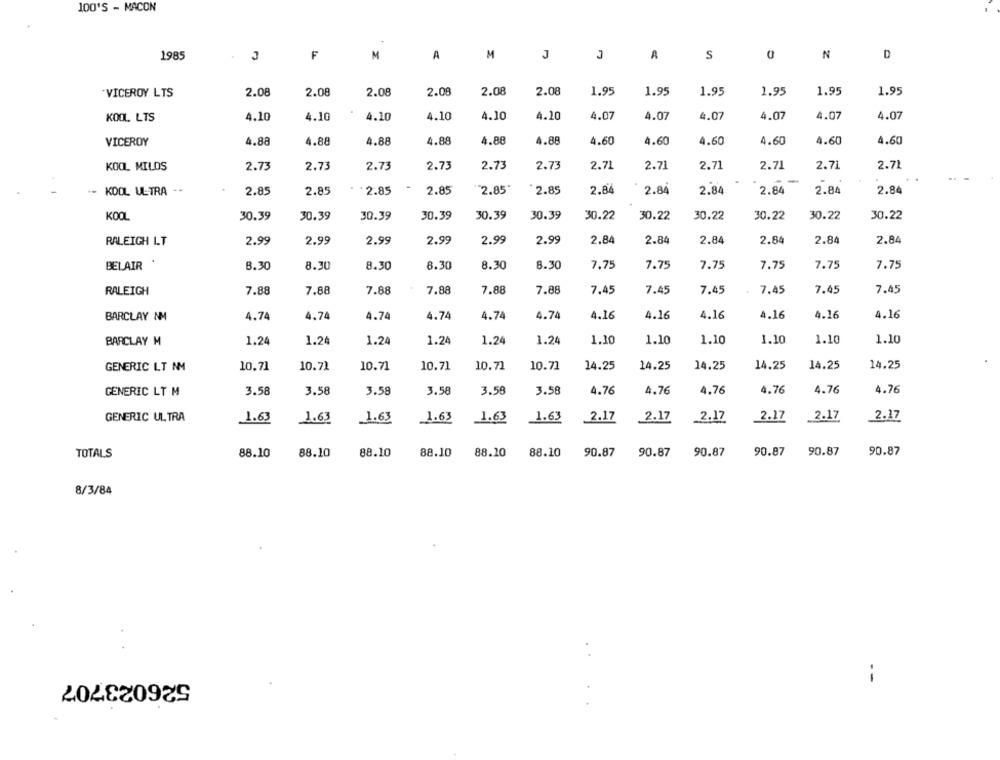
100'S - MACON
F
M
1985
M
A
J
A
S
N
D
2.08
2.08
2.08
2.08
2.08
2.08
1.95
1.95
1.95
1.95
1.95
1.95
"VICEROY LTS
KOOL LTS
4.10
4.10
4.10
4.10
4.10
4.10
4.07
4.07
4.07
4.07
4.07
4.07
VICEROY
4.88
4.88
4.88
4.88
4.88
4.88
4.60
4.60
4.60
4.60
4.60
4.60
KOOL MILDS
2.73
2.73
2.73
2.73
2.73
2.73
2.71
2.71
2.71
2.71
2.71
2.71
KOOL ULTRA
2.85
2.85
2.85
2.85
"2.85
2.85
2.84
2.84
2.84
2.84
2.84
2.84
KOOL
30.39
30.39
30.39
30.39
30.39
30.39
30.22
30.22
30.22
30.22
30.22
30.22
RALEIGH LT
2.99
2.99
2.99
2.99
2.99
2.99
2.84
2.84
2.84
2.84
2.84
2.84
BELAIR
8.30
8.30
8.30
8.30
8.30
8.30
7,75
7.75
7.75
7.75
7.75
7.75
7.88
7.88
7.88
7.45
7.45
7.45
7.45
7.45
7.45
RALEIGH
7.88
7.88
7.88
BARCLAY NM
4.74
4.74
4.74
4.74
4.74
4.74
4.16
4.16
4.16
4.16
4.16
4.16
BARCLAY M
1.24
1.24
1.24
1.24
1.24
1.24
1.10
1.10
1.10
1.10
1.10
1.10
10.71
10.71
10.71
10.71
10.71
14.25
14.25
14.25
14.25
14.25
14.25
GENERIC LT NM
10.71
GENERIC LT M
3.58
3.58
3.58
3.58
3.58
3.58
4.76
4.76
4.76
4.76
4.76
4.76
GENERIC ULTRA
1.63
1.63
2.17
2.17
2.17
2.17
1.63
1.63
1.63
1.63
2.17
2.17
TOTALS
88.10
88.10
88.10
88.10
88.10
88.10
90.87
90.87
90.87
90.87
90.87
90.87
8/3/84
526023707
--